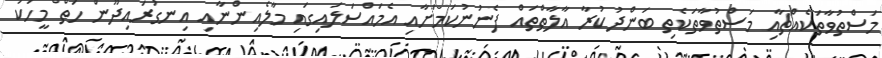
މަސްތުވާތަކެއްޗާއި މަސްތުވާތަކެތި ބަންދުކުރާ އާލާތްތައް ފެނުނުކަމަށާއި އެމައްސަލައިގައި މާލެއިންނާއި އިނގުރައިދޫން ހަތް މީހަކު